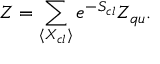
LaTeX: Z = \sum _ { \langle X _ { c l } \rangle } e ^ { - S _ { c l } } Z _ { q u } .